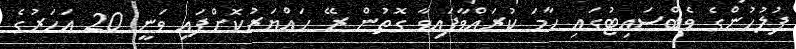
ފުލުހުންގެ ވެބްސައިޓުގައި ހާމަ ކުރައްވާފައިވާ ގޮތުން ރޭ ހައްޔަރުކޮށްފައި ވަނީ 20 އަހަރުގެ